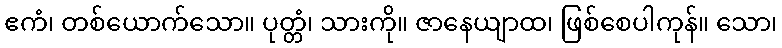
ဧကံ၊ တစ်ယောက်သော။ ပုတ္တံ၊ သားကို။ ဇာနေယျာထ၊ ဖြစ်စေပါကုန်။ သော၊